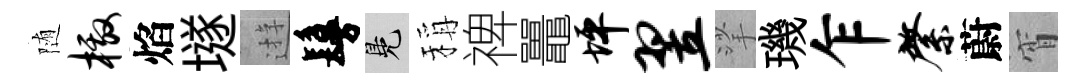
随檄焰𡑞逰鬘鳬稱禆鼉坪翌挲璣乍綮蔚宵